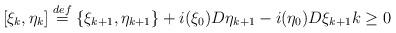
LaTeX: \begin{align*}\lbrack \xi _{k},\eta _{k}]\overset{def}{=}\{\xi _{k+1},\eta _{k+1}\}+i(\xi_{0})D\eta _{k+1}-i(\eta _{0})D\xi _{k+1}k\geq 0\end{align*}